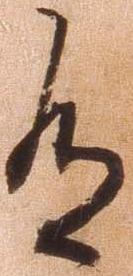
有